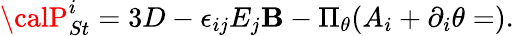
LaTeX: {\calP}_{St}^{i}=3D-\epsilon_{ij}E_{j}\mathbf{B}-\Pi_{\theta}(A_{i}+\partial_{i}\theta=).